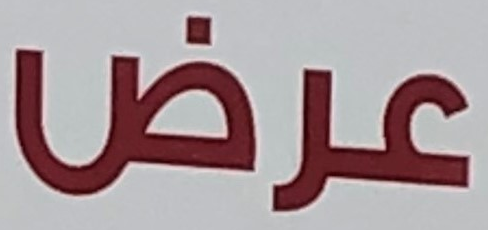
عرض